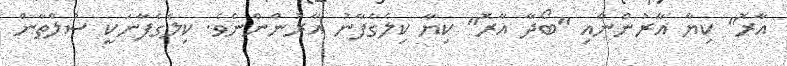
އާރޮ" ކިޔާ އާރުންނާއި "ބޯދާ އާރޮ" ކިޔާ ކިލެގެފާނު އާރުންންނެވެ. ކިލެގެފާނަކީ ސުލްތާން